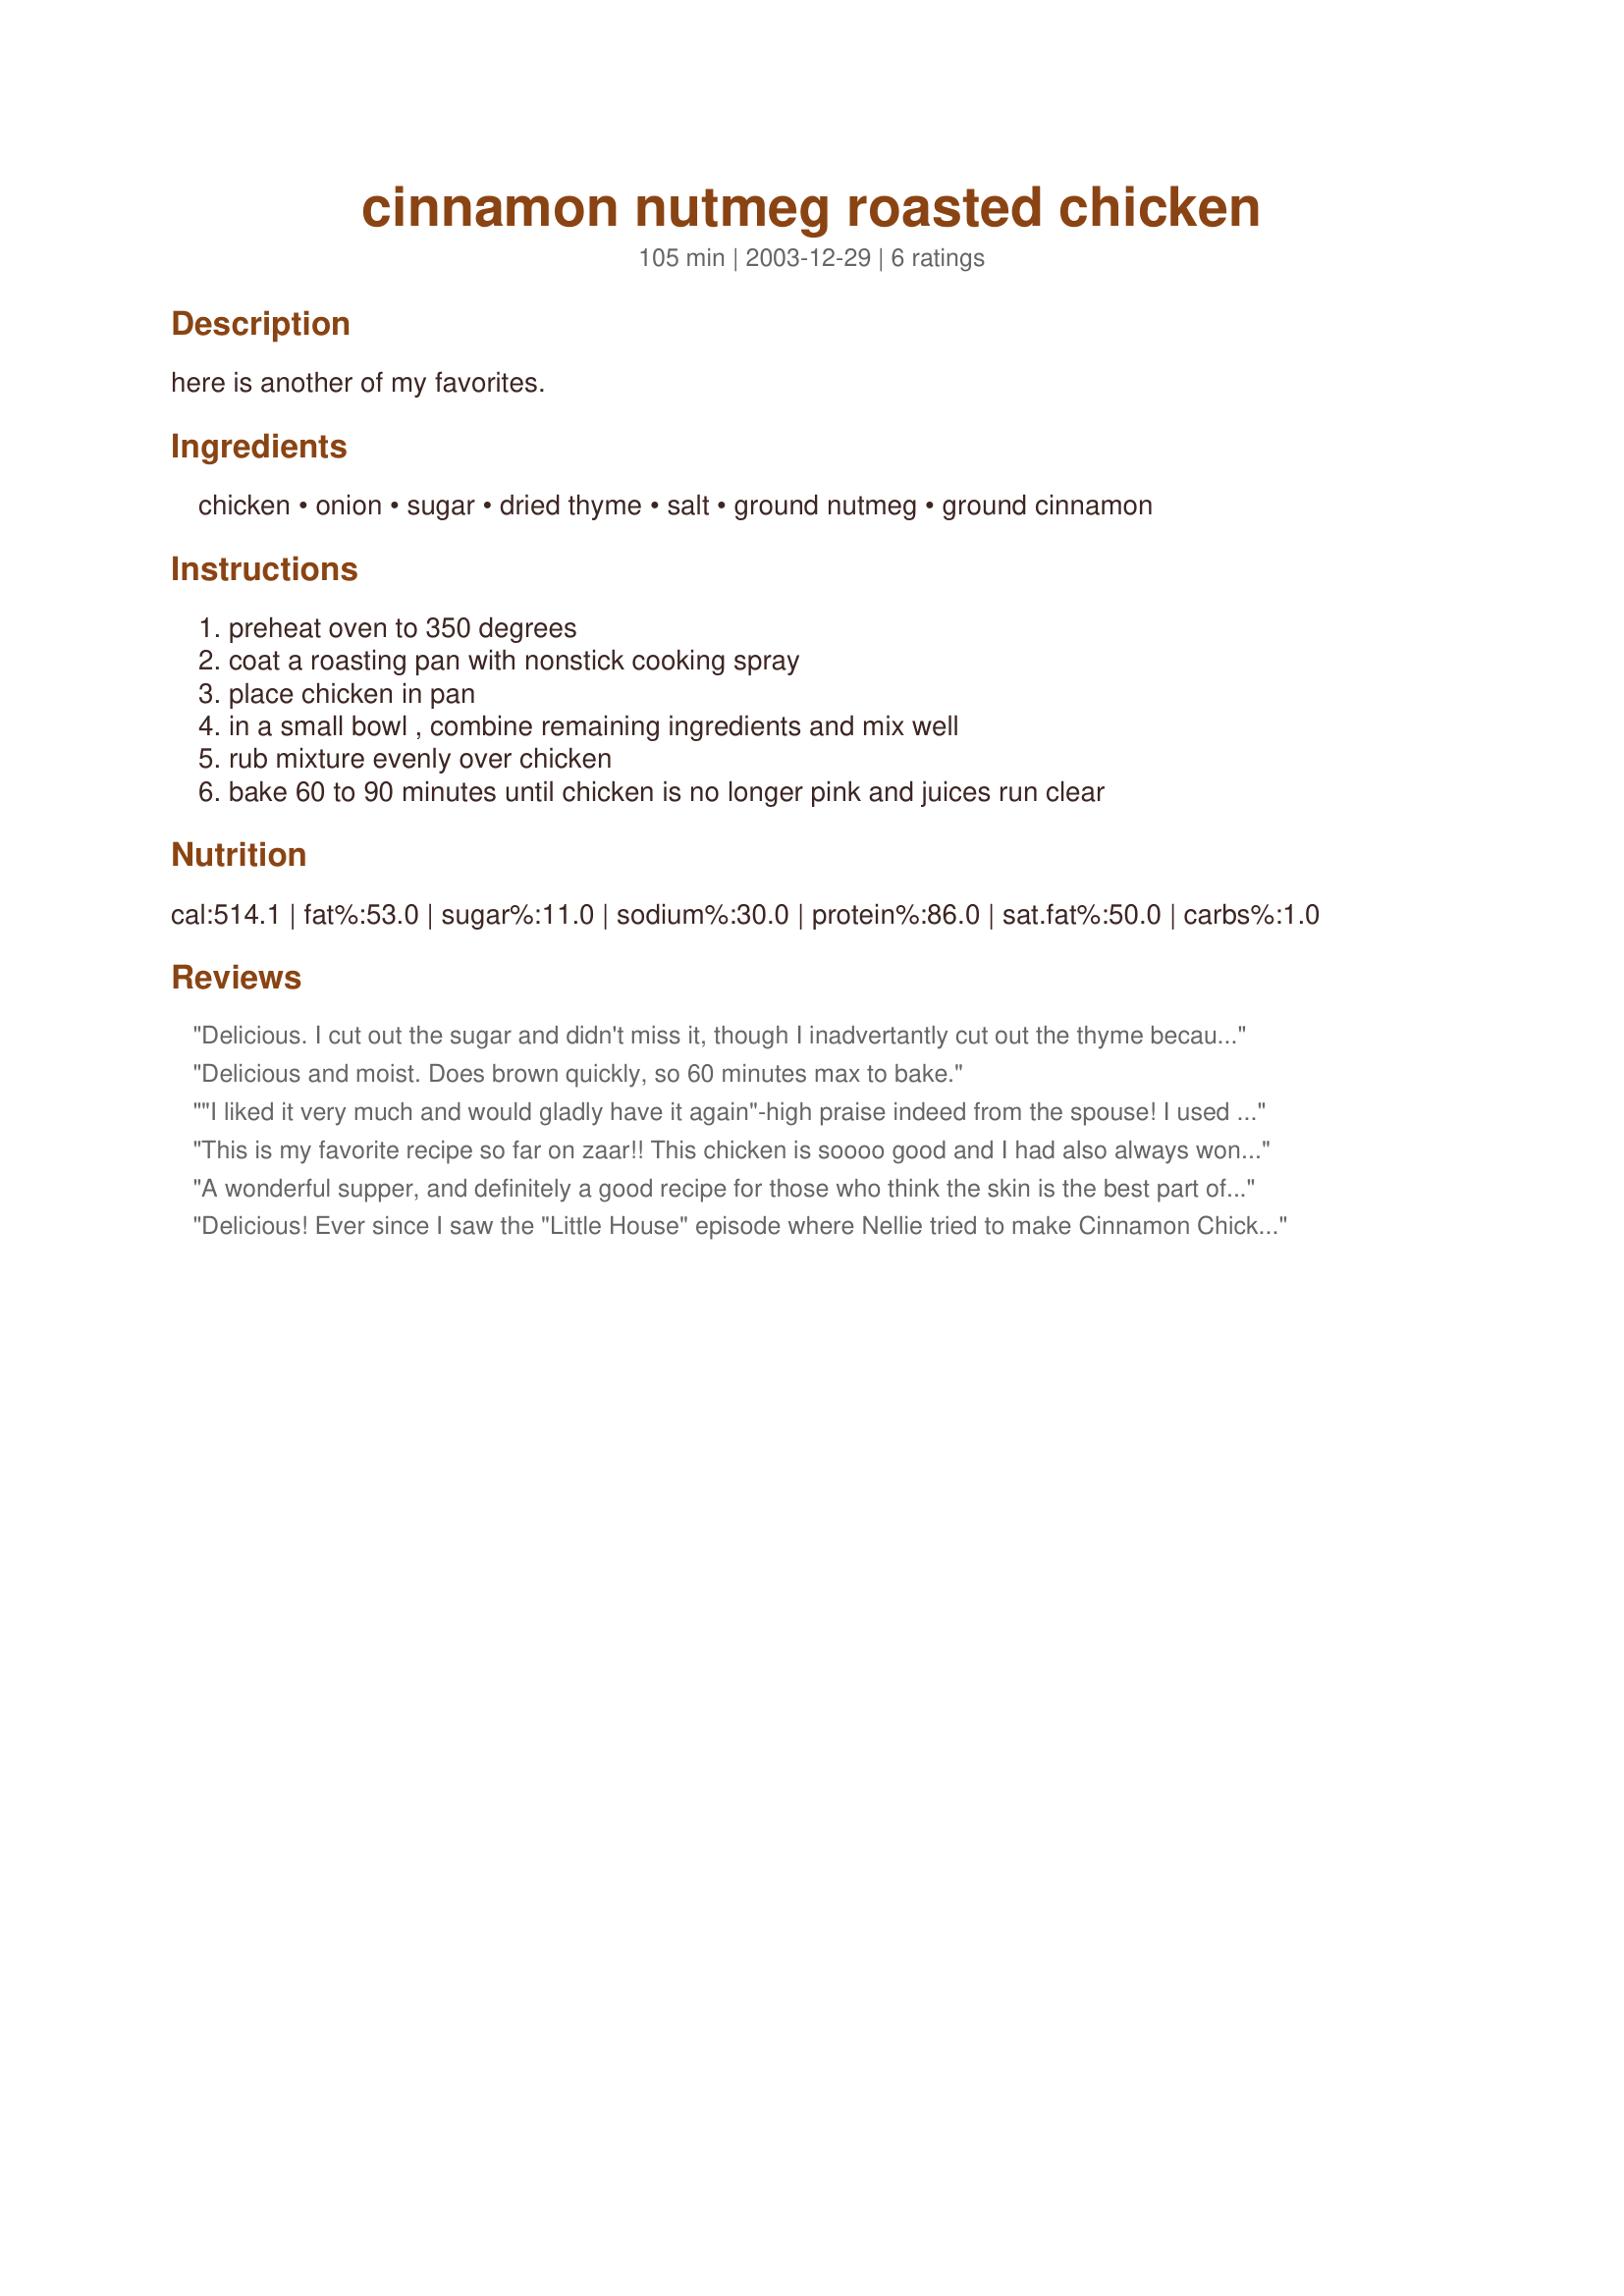
cinnamon nutmeg roasted chicken
Preparation time: 105 minutes

here is another of my favorites.

Ingredients:
chicken, onion, sugar, dried thyme, salt, ground nutmeg, ground cinnamon

Steps:
preheat oven to 350 degrees, coat a roasting pan with nonstick cooking spray, place chicken in pan, in a small bowl , combine remaining ingredients and mix well, rub mixture evenly over chicken, bake 60 to 90 minutes until chicken is no longer pink and juices run clear

Reviews:
Delicious. I cut out the sugar and didn't miss it, though I inadvertantly cut out the thyme because I forgot to write it down. I'll have to remember the next time! I was using cutlets, so it was faster and the process slightly altered, but overall it was great. My boyfriend cleaned his plate :) Thanks for the recipe, I'm always on the lookout for ways to use nutmeg.
Delicious and moist. Does brown quickly, so 60 minutes max to bake.
"I liked it very much and would gladly have it again"-high praise indeed from the spouse!
I used 2 bone-in chicken breasts,and half the seasonings covered them well. Subbed 2 tsp dried onion for the regular. Might ease up on the salt a touch next time. Thanks so much for a moist delicious dish!
This is my favorite recipe so far on zaar!! This chicken is soooo good and I had also always wondered what cinnamon chicken would taste like because of that Little House on the Prairie episode with Nellie and Almonzo!
A wonderful supper, and definitely a good recipe for those who think the skin is the best part of the chicken! I have to admit, I was a bit worried that without any oil in this recipe the chicken would be a bit dry, but it came out very moist. The only thing I found was that it browned before the cooking time was up, so I did have to cover it with tin foil part way through the baking. Other than that it worked exactly as described. Thanks!
Delicious! Ever since I saw the "Little House" episode where Nellie tried to make Cinnamon Chicken for Almanzo, I have always wondered what it would taste like. For years I had an image in my head of a moist, tender chicken with a wonderful cinnamon aroma. This recipe is the exact thing I had in mind and is just scrumptious. I needed the full 90 minutes for my bird. I also loosened the skin and rubbed some of the spice blend under the skin to reach the meat. Just great!
